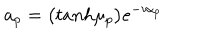
LaTeX: a _ { p } = \bigl ( t a n h \mu _ { p } \bigr ) e ^ { - i \alpha _ { p } }